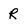
Character: R